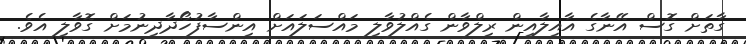
ގާތަށް ގޮސް އޭނާގެ އާއިލާއިން ރިލްވާން ގެއްލުވާލި މައްސަލައަށް އިންސާފުހޯދާދިނުމަށް ގޮވާލި އެވެ.